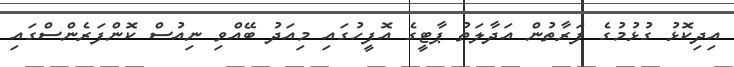
އިިދިކޮޅު ގުޅުމުގެ ފަރާތުން އަދާލަތު ޕާޓީގެ އޮފީހުގައި މިއަދު ބޭއްވި ނިއުސް ކޮންފަރެންސްގައި